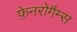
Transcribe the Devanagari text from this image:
फ़ेनरोगैम्स